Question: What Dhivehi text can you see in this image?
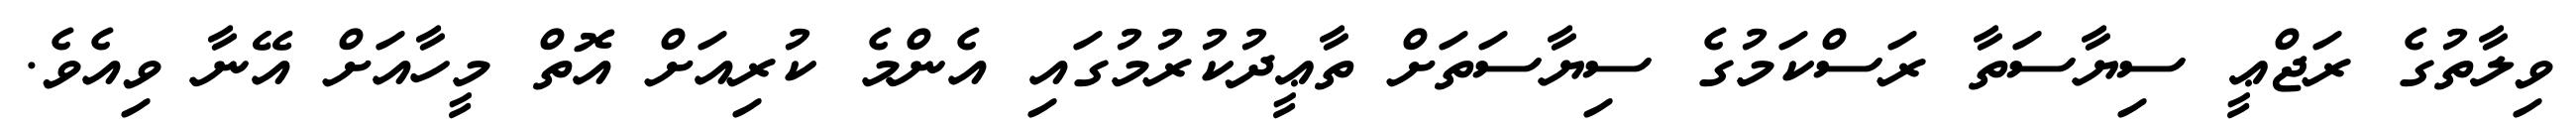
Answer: ވިލާތުގެ ރަޖްޢީ ސިޔާސަތާ ރަސްކަމުގެ ސިޔާސަތަށް ތާޢީދުކުރުމުގައި އެންމެ ކުރިއަށް އޮތް މީހާއަށް އޭނާ ވިއެވެ.